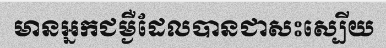
មានអ្នកជម្ងឺដែលបានជាសះស្បើយ